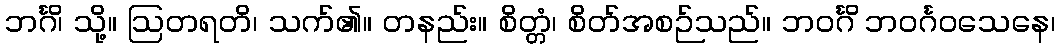
ဘင်္ဂိ၊ သို့။ ဩတရတိ၊ သက်၏။ တနည်း။ စိတ္တံ၊ စိတ်အစဉ်သည်။ ဘဝင်္ဂိ ဘဝင်္ဂဝသေနေ၊